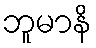
ဘူမာနိ